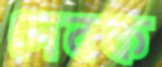
দেবক